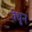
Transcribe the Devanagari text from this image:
वेधुन